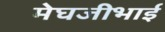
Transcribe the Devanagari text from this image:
मेघजीभाई